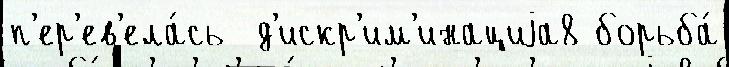
п'ер'ев'ела́сь  д'искр'им'инациjа8 борьба́